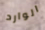
الوارد